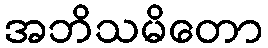
အဘိသမိတော